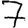
Digit: 7